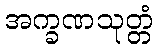
အက္ခဏသုတ္တံ